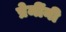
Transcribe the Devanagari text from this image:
प्रेमींनी